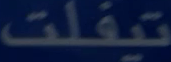
تيفلت